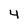
Character: 4